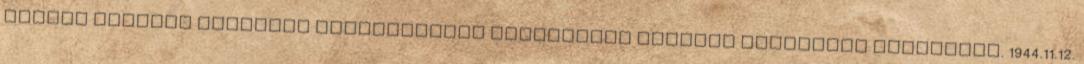
Magyar Nemzeti Felkelés Felszabadító Bizottsága Katonai Vezérkara vezetését. 1944.11.12.